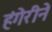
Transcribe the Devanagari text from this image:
हंगेरीने